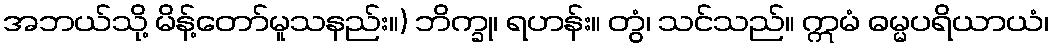
အဘယ်သို့ မိန့်တော်မူသနည်း။) ဘိက္ခု၊ ရဟန်း။ တွံ၊ သင်သည်။ ဣမံ ဓမ္မပရိယာယံ၊